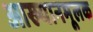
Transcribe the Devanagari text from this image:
आख्यानमूलक